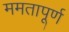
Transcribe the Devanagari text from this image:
ममतापूर्ण